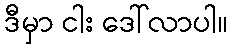
ဒီမှာ ငါး ဒေါ်လာပါ။